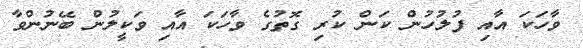
ވާހަކަ އާއި ފުލުހުން ކަން ކުރި ގޮތުގެ ވާހަކަ އާއި ވަކީލުން ބޭނުންވާ